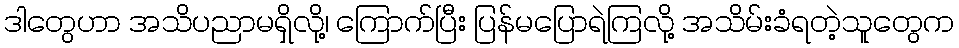
ဒါတွေဟာ အသိပညာမရှိလို့၊ ကြောက်ပြီး ပြန်မပြောရဲကြလို့ အသိမ်းခံရတဲ့သူတွေက